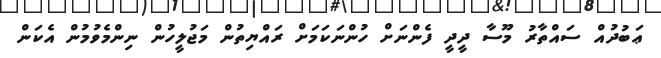
ޢަބުދުއް ސައްތާރު މޫސާ ދީދީ ފެންނަށް ހުންނަކަމަށް ރައްޔިތުން މަޖުލީހުން ނިންމެވުމުން އެކަން